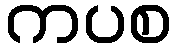
ကပစ